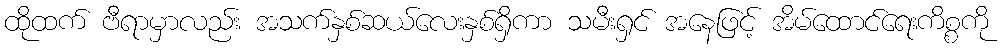
ထိုထက် ဗီရာမှာလည်း အသက်နှစ်ဆယ်လေးနှစ်ရှိကာ သမီးရှင် အနေဖြင့် အိမ်ထောင်ရေးကိစ္စကို